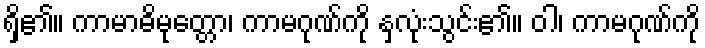
ရှိ၏။ ကာမာဓိမုတ္တော၊ ကာမဂုဏ်ကို နှလုံးသွင်း၏။ ဝါ၊ ကာမဂုဏ်ကို